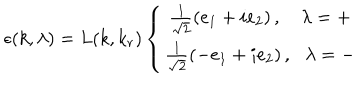
LaTeX: \epsilon ( k , \lambda ) = L ( k , k _ { r } ) \left\{ \begin{array} { c } { { \frac { 1 } { \sqrt { 2 } } \left( e _ { 1 } + i e _ { 2 } \right) , \, \, \, \, \, \, \lambda = + } } \\ { { \frac { 1 } { \sqrt { 2 } } \left( - e _ { 1 } + i e _ { 2 } \right) , \, \, \, \, \lambda = - } } \\ \end{array} \right.